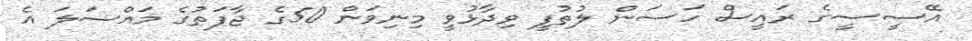
އޭސީސީގެ ރައީސް ހަސަން ލުތުފީ ވިދާޅުވީ މިނިވަން 50ގެ ޖާފަތުގެ މައްސަލަ އެ